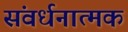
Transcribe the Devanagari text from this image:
संवर्धनात्‍मक